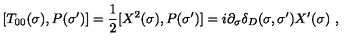
[ T _ { 0 0 } ( \sigma ) , P ( \sigma ^ { \prime } ) ] = \frac { 1 } { 2 } [ X ^ { 2 } ( \sigma ) , P ( \sigma ^ { \prime } ) ] = i \partial _ { \sigma } \delta _ { D } ( \sigma , \sigma ^ { \prime } ) X ^ { \prime } ( \sigma ) \ ,